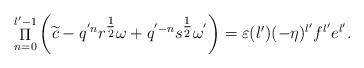
\begin{align*} \mathop \Pi \limits_{n = 0}^{{l'} - 1} \left( {\widetilde{c} - {q^{'n}}{r^{{\textstyle{1 \over 2}}}}\omega + {q^{' - n}}{s^{{\textstyle{1 \over 2}}}}{\omega ^{{'}}}} \right) = \varepsilon ({l'})( - \eta ){}^{{l'}}{f^{{l'}}}{e^{{l'}}}. \end{align*}